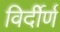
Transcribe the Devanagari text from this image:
विर्दीर्ण